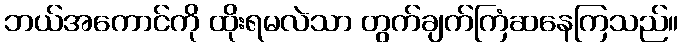
ဘယ်အကောင်ကို ထိုးရမလဲသာ တွက်ချက်ကြံဆနေကြသည်။